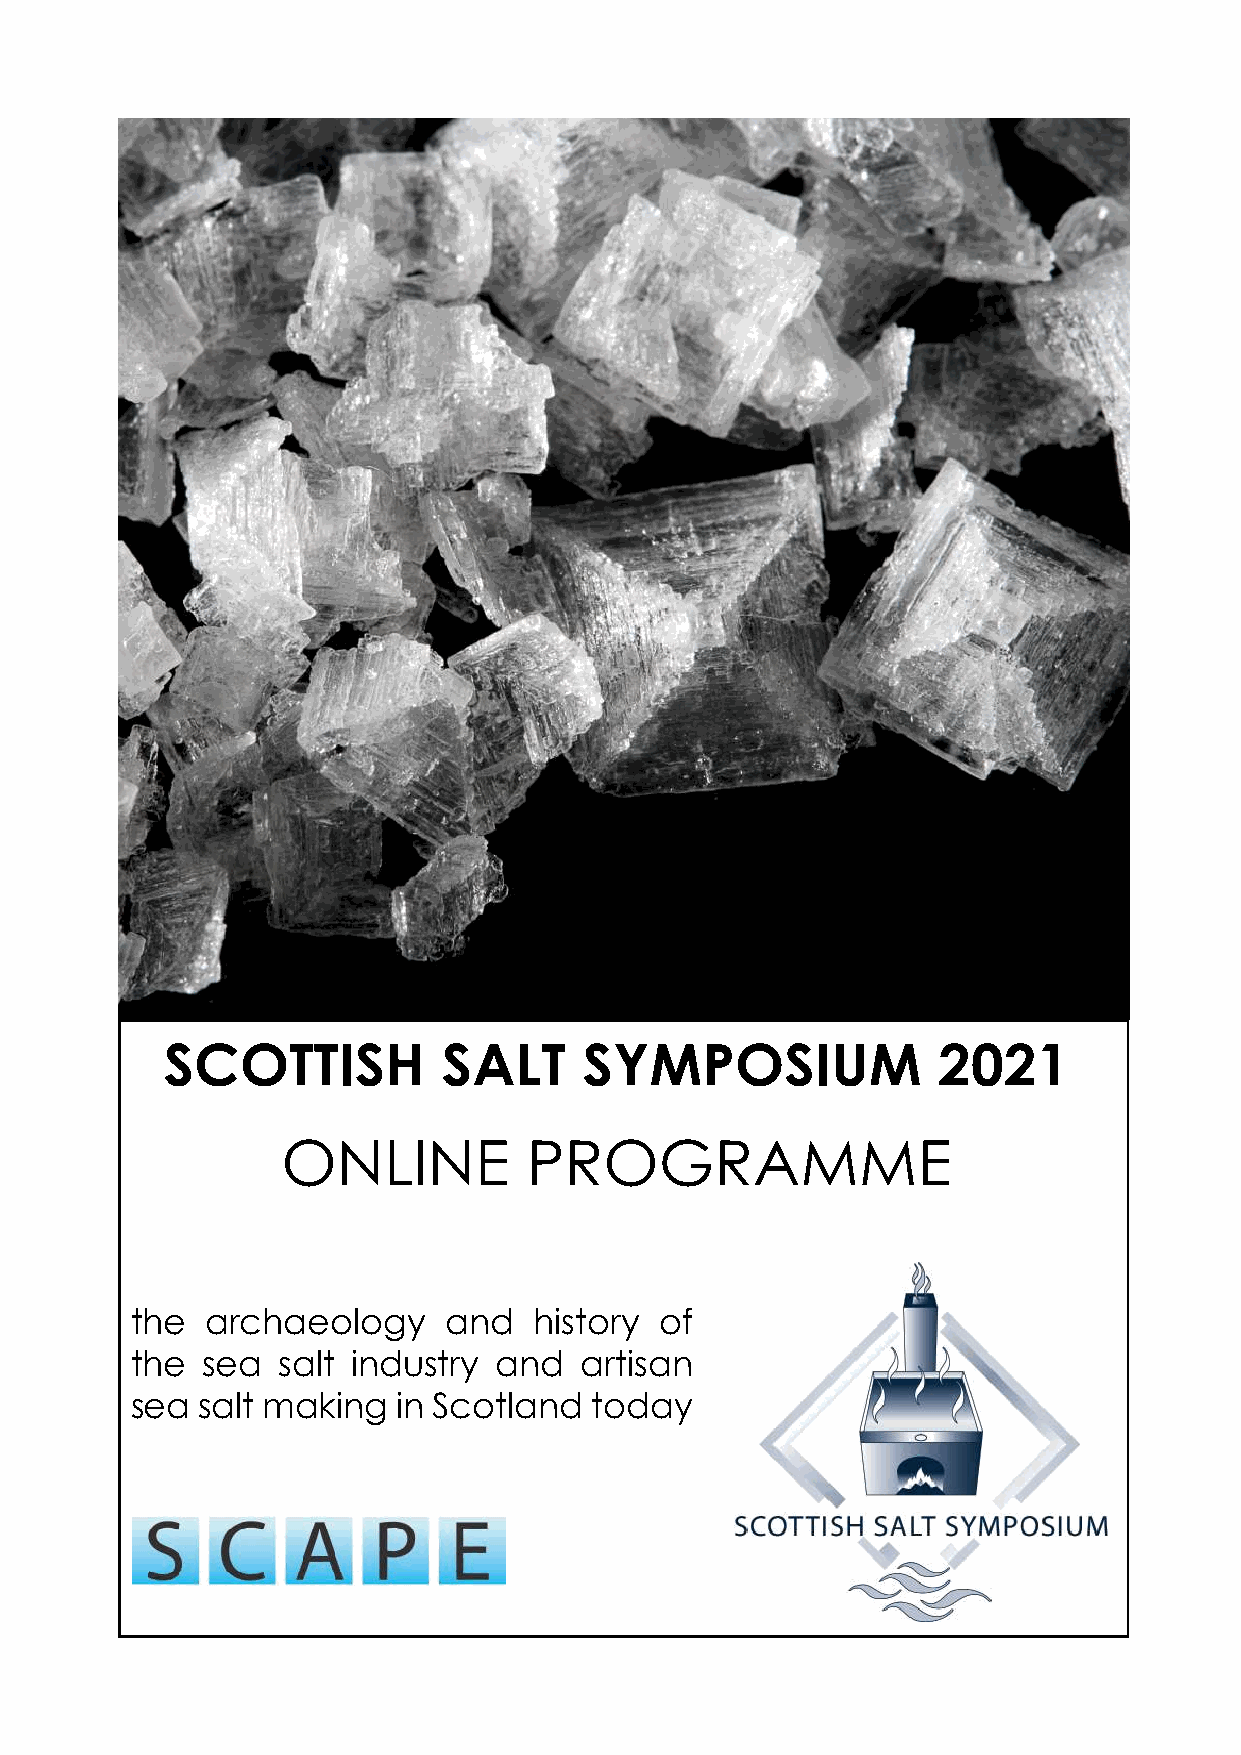
SCOTTISH          SALT      SYMPOSIUM              2021
 ONLINE          PROGRAMME
 the  archaeology    and   history  of
 the sea  salt industry  and  artisan
 sea salt making  in Scotland  today